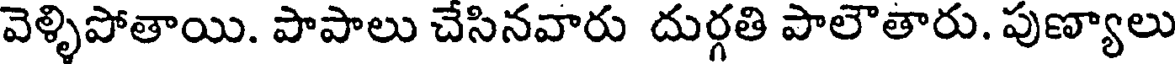
వెళ్ళిపోతాయి. పాపాలు చేసినవారు దుర్గతి పాలౌతారు. పుణ్యాలు